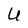
Character: U